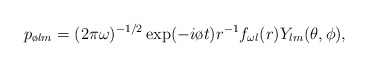
\begin{align*}p_{\o lm}=(2\pi\omega)^{-1/2}\exp(-i\o t) r^{-1}f_{\omega l}(r)Y_{lm}(\theta,\phi),\end{align*}